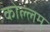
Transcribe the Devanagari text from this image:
कोल्लम्